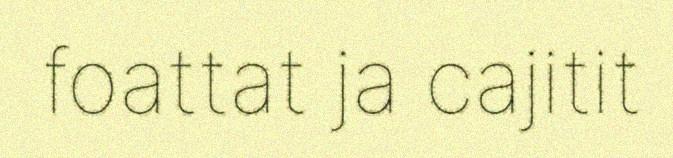
foattat ja cajitit